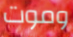
وموت